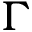
\Gamma